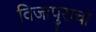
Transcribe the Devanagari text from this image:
विजापुराचा